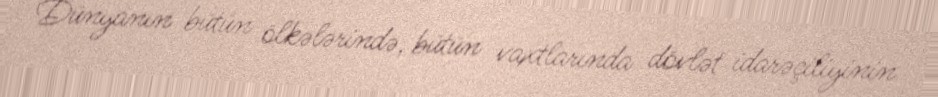
Dünyanın bütün ölkələrində, bütün vaxtlarında dövlət idarəçiliyinin